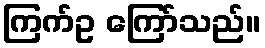
ကြက်ဥ ကြော်သည်။